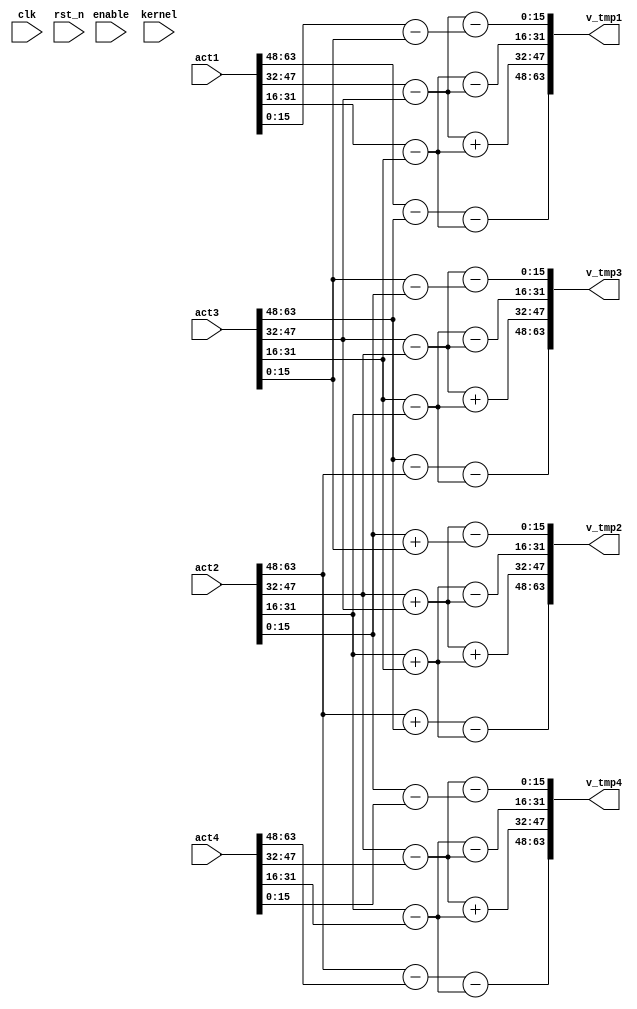
`timescale 1ns / 1ps
//////////////////////////////////////////////////////////////////////////////////
// Company: 
// Engineer: 
// 
// Design Name: 
// Module Name: win33
// Project Name: 
// Target Devices: 
// Tool Versions: 
// Description: 
// 
// Dependencies: 
// 
// Revision:
// Revision 0.01 - File Created
// Additional Comments:
// 
//////////////////////////////////////////////////////////////////////////////////


module win33_bdb(
    input  					clk, 
    input 					rst_n,
    input					enable,
    input  		[15:0]		kernel,
    input  		[63:0]		act1,
    input  		[63:0]		act2,
    input  		[63:0]		act3,
    input  		[63:0]		act4,
    //input  		[31:0] 		psum_in,
    
    //output	reg		 		end_signal,
    output 		[63:0] 		v_tmp1,
    output		[63:0] 		v_tmp2,
    output		[63:0] 		v_tmp3,
    output		[63:0] 		v_tmp4
    );

	wire [15:0] d1_1,d1_2,d1_3,d1_4;
	wire [15:0] d2_1,d2_2,d2_3,d2_4;
	wire [15:0] d3_1,d3_2,d3_3,d3_4;
	wire [15:0] d4_1,d4_2,d4_3,d4_4;

	wire [15:0] b1_1,b1_2,b1_3,b1_4;
	wire [15:0] b2_1,b2_2,b2_3,b2_4;
	wire [15:0] b3_1,b3_2,b3_3,b3_4;
	wire [15:0] b4_1,b4_2,b4_3,b4_4;

	wire [15:0] v1_1,v1_2,v1_3,v1_4;
	wire [15:0] v2_1,v2_2,v2_3,v2_4;
	wire [15:0] v3_1,v3_2,v3_3,v3_4;
	wire [15:0] v4_1,v4_2,v4_3,v4_4;

	assign {d1_1,d1_2,d1_3,d1_4} = act1;
	assign {d2_1,d2_2,d2_3,d2_4} = act2;
	assign {d3_1,d3_2,d3_3,d3_4} = act3;
	assign {d4_1,d4_2,d4_3,d4_4} = act4;

	assign b1_1 = $signed(d1_1) - $signed(d3_1);
	assign b1_2 = $signed(d1_2) - $signed(d3_2);
	assign b1_3 = $signed(d1_3) - $signed(d3_3);
	assign b1_4 = $signed(d1_4) - $signed(d3_4);

	assign b2_1 = $signed(d2_1) + $signed(d3_1);
	assign b2_2 = $signed(d2_2) + $signed(d3_2);
	assign b2_3 = $signed(d2_3) + $signed(d3_3);
	assign b2_4 = $signed(d2_4) + $signed(d3_4);

	assign b3_1 = $signed(d3_1) - $signed(d2_1);
	assign b3_2 = $signed(d3_2) - $signed(d2_2);
	assign b3_3 = $signed(d3_3) - $signed(d2_3);
	assign b3_4 = $signed(d3_4) - $signed(d2_4);

	assign b4_1 = $signed(d2_1) - $signed(d4_1);
	assign b4_2 = $signed(d2_2) - $signed(d4_2);
	assign b4_3 = $signed(d2_3) - $signed(d4_3);
	assign b4_4 = $signed(d2_4) - $signed(d4_4);



	assign v1_1 = $signed(b1_1) - $signed(b1_3);
	assign v2_1 = $signed(b2_1) - $signed(b2_3);
	assign v3_1 = $signed(b3_1) - $signed(b3_3);
	assign v4_1 = $signed(b4_1) - $signed(b4_3);

	assign v1_2 = $signed(b1_2) + $signed(b1_3);
	assign v2_2 = $signed(b2_2) + $signed(b2_3);
	assign v3_2 = $signed(b3_2) + $signed(b3_3);
	assign v4_2 = $signed(b4_2) + $signed(b4_3);

	assign v1_3 = $signed(b1_3) - $signed(b1_2);
	assign v2_3 = $signed(b2_3) - $signed(b2_2);
	assign v3_3 = $signed(b3_3) - $signed(b3_2);
	assign v4_3 = $signed(b4_3) - $signed(b4_2);

	assign v1_4 = $signed(b1_2) - $signed(b1_4);
	assign v2_4 = $signed(b2_2) - $signed(b2_4);
	assign v3_4 = $signed(b3_2) - $signed(b3_4);
	assign v4_4 = $signed(b4_2) - $signed(b4_4);

	assign v_tmp1 = {v1_1,v1_2,v1_3,v1_4};
	assign v_tmp2 = {v2_1,v2_2,v2_3,v2_4};
	assign v_tmp3 = {v3_1,v3_2,v3_3,v3_4};
	assign v_tmp4 = {v4_1,v4_2,v4_3,v4_4};

endmodule